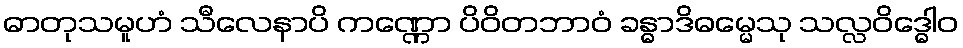
ဓာတုသမူဟံ သီလေနာပိ ကဏ္ဏော ပိဝိတဘာဝံ ခန္ဓာဒိဓမ္မေသု သလ္လဝိဒ္ဓေါဝ